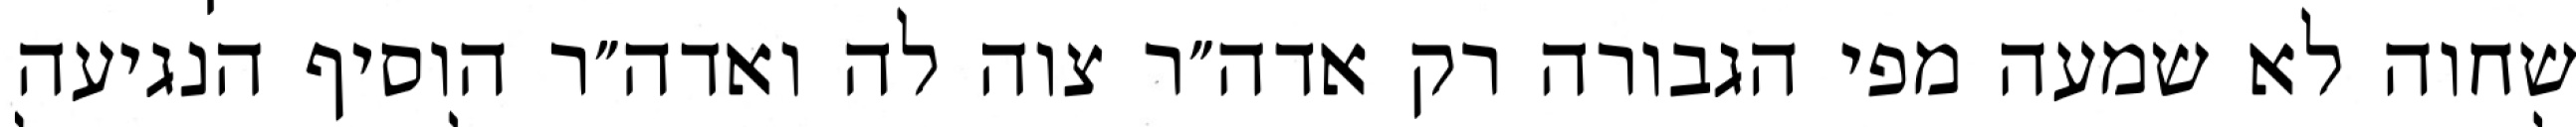
שחוה לא שמעה מפי הגבורה רק אדה״ר צוה לה ואדה״ר הוסיף הנגיעה